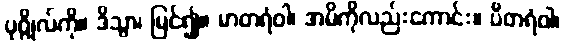
ပုဂ္ဂိုလ်ကို။ ဒိသွာ၊ မြင်၍။ မာတရံဝါ၊ အမိကိုလည်းကောင်း။ ပိတရံဝါ၊